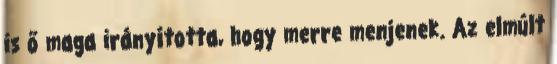
is ő maga irányította, hogy merre menjenek. Az elmúlt